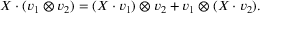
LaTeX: X \cdot ( v _ { 1 } \otimes v _ { 2 } ) = ( X \cdot v _ { 1 } ) \otimes v _ { 2 } + v _ { 1 } \otimes ( X \cdot v _ { 2 } ) .